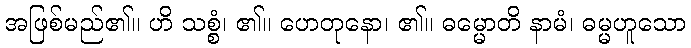
အဖြစ်မည်၏။ ဟိ သစ္စံ၊ ၏။ ဟေတုနော၊ ၏။ ဓမ္မောတိ နာမံ၊ ဓမ္မဟူသော